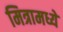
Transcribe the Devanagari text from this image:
मित्रामध्ये